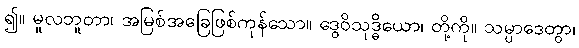
၍။ မူလဘူတာ၊ အမြစ်အခြေဖြစ်ကုန်သော။ ဒွေဝိသုဒ္ဓိယော၊ တို့ကို။ သမ္ပာဒေတွာ၊